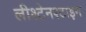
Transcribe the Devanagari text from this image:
लीश्टेनश्टाइन